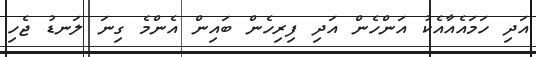
އަދި ހަމައެއާއެކު އަންހެން އަދި ފިރިހެން ބައިން އެންމެ ގިނަ ލަނޑު ޖެހި